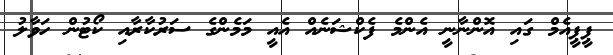
ޕީޕީއެމް ގައި އޮންނާނީ އެންމެ ފެކްޝަނެއް އެއީ މަމެންގެ ސަރުކާރާއި ކޯޓުން ހަވާލު